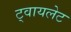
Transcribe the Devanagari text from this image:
ट्वायलेट